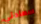
سعادتي